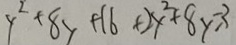
y ^ { 2 } + 8 y + 1 6 + 2 y ^ { 2 } + 8 y = 3